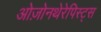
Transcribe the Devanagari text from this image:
ओज़ोनथेरेपिस्ट्स